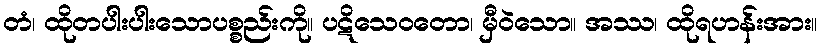
တံ၊ ထိုတပါးပါးသောပစ္စည်းကို။ ပဋိသေဝတော၊ မှီဝဲသော။ အဿ၊ ထိုရဟန်းအား။